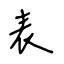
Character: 表